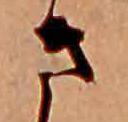
さ